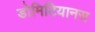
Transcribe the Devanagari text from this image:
डोमिटियानस